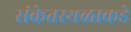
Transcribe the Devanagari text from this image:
संकेतस्थळाकडे